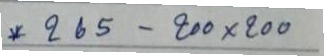
*265 - 200 x 200